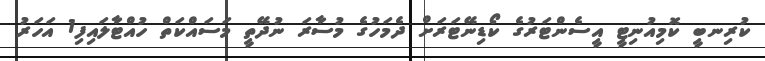
ކުރިނބީ ކޮމިއުނިޓީ އީސެންޓަރުގެ ކޯޑިނޭޓަރަށް ދެމަހުގެ މުސާރަ ނުދޭތީ މަސައްކަތް ހުއްޓާލައިފި1 އަހަރު